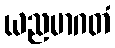
ယညမာဂတံ